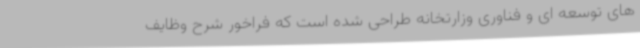
های توسعه ای و فناوری وزارتخانه طراحی شده است که فراخور شرح وظایف